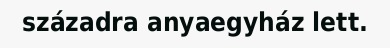
századra anyaegyház lett.